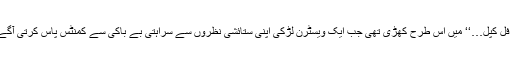
’’اوہ بیوٹی فل کپل…‘‘ میں اس طرح کھڑی تھی جب ایک ویسٹرن لڑکی اپنی ستائشی نظروں سے سراہتی بے باکی سے کمنٹس پاس کرتی آگے بڑھ گئی۔